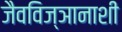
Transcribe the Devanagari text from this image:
जैवविज्ञानाशी